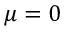
\mu = 0